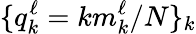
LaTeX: \{ q_{k}^{\ell}=km_{k}^{\ell}/N\} _{k}